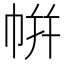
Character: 帲